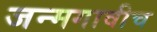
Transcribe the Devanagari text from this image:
जन्मगावीच